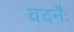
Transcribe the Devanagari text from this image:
वदनैः